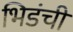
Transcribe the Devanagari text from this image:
भिडंची